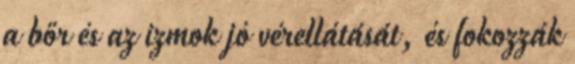
a bőr és az izmok jó vérellátását, és fokozzák